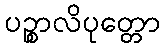
ပဉ္စာလိပုတ္တော